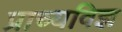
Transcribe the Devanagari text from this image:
प्राच्यविज्ञ